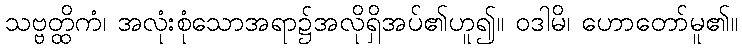
သဗ္ဗတ္ထိကံ၊ အလုံးစုံသောအရာ၌အလိုရှိအပ်၏ဟူ၍။ ဝဒါမိ၊ ဟောတော်မူ၏။